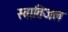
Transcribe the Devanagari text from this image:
स्वातिजल